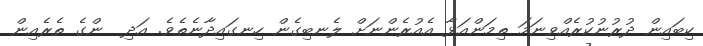
ކިބައިން ދުރުނުކުރެއްވިނަމަ ތިމަންއަޅާ އެއުރެންނަށް ލެނބިގެން ހިނގައިދާނެތެވެ. އަދި  ންގެ ތެރެއިން